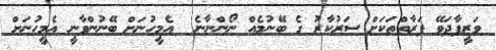
ވަޒީފާދަވޭ ފަރާތްތަކަށް ސަރުކާރު ގެ ބޭނުމެއް ނޯންނާނެ  އެމީހުނަށް ބޭނުންވާނީ އެމީހުނަށް